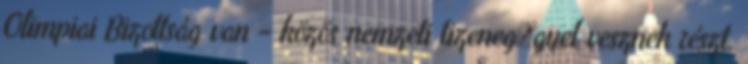
Olimpiai Bizottság van – közös nemzeti tizeneg�gyel vesznek részt.